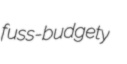
fuss-budgety